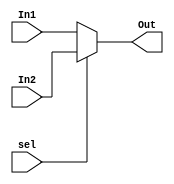
module MUX #(
    parameter WIDTH = 32
) (
    input   wire [WIDTH - 1 : 0]  In1,
    input   wire [WIDTH - 1 : 0]  In2,
    input   wire                  sel,
    output  wire [WIDTH - 1 : 0]  Out
);

assign Out = !sel ? In1 : In2;   //if sel = 0 out = in1, sel = 1 out = in2
    
endmodule